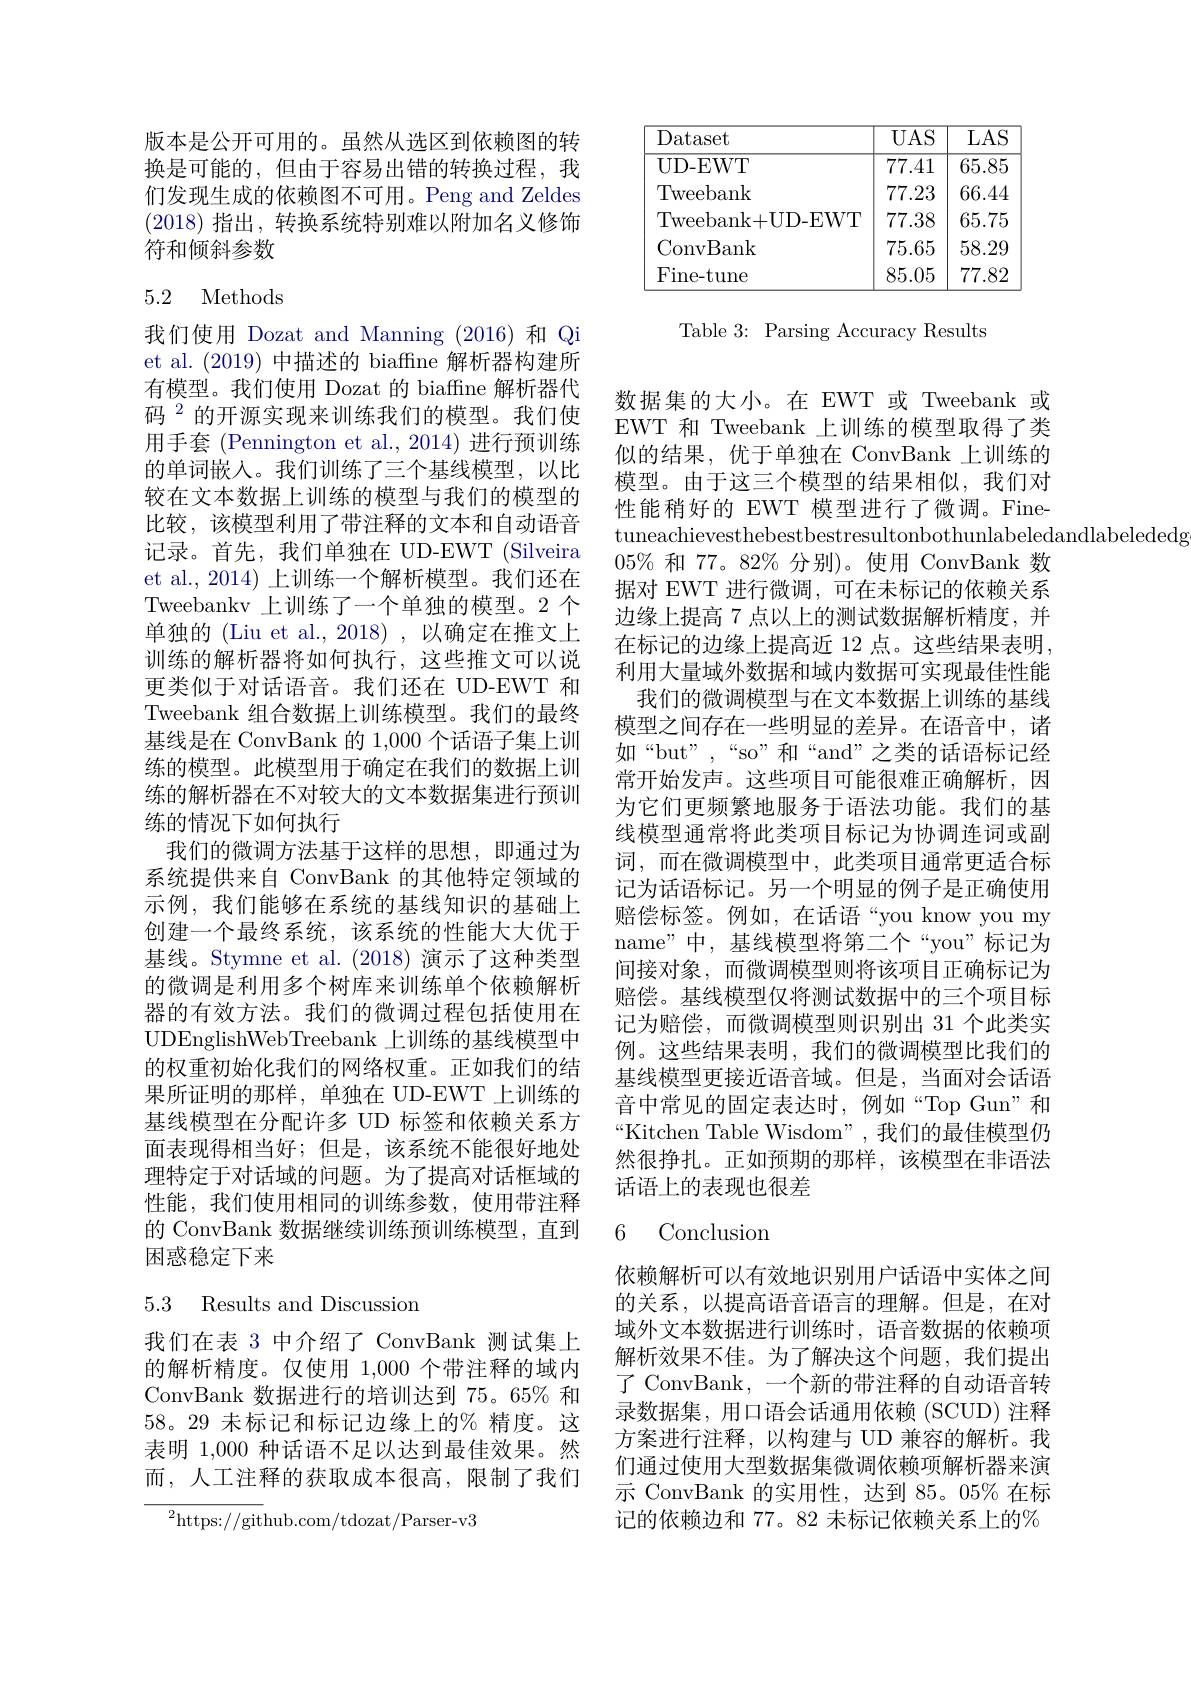
版本是公开可用的。虽然从选区到依赖图的转换是可能的，但由于容易出错的转换过程，我们发现生成的依赖图不可用。Peng and Zeldes (2018)指出，转换系统特别难以附加名义修饰符和倾斜参数

## 5.2 Methods

我们使用 Dozat and Manning (2016)和 Qi et al. (2019)中描述的 biaffne 解析器构建所有模型。我们使用 Dozat 的 biaffne 解析器代码$^{2}$的开源实现来训练我们的模型。我们使用手套 (Pennington et al.,2014)进行预训练的单词嵌入。我们训练了三个基线模型，以比较在文本数据上训练的模型与我们的模型的比较，该模型利用了带注释的文本和自动语音记录。首先，我们单独在 UD-EWT (Silveira et al., 2014) 上训练一个解析模型。我们还在Tweebankv 上训练了一个单独的模型。2 个单独的 (Liu et al., 2018) , 以确定在推文上训练的解析器将如何执行，这些推文可以说更类似于对话语音。我们还在 UD-EWT 和Tweebank 组合数据上训练模型。我们的最终基线是在 ConvBank 的 1,000 个话语子集上训练的模型。此模型用于确定在我们的数据上训练的解析器在不对较大的文本数据集进行预训练的情况下如何执行
我们的微调方法基于这样的思想，即通过为系统提供来自 ConvBank 的其他特定领域的示例，我们能够在系统的基线知识的基础上创建一个最终系统，该系统的性能大大优于基线。Stymne et al. (2018)演示了这种类型的微调是利用多个树库来训练单个依赖解析器的有效方法。我们的微调过程包括使用在UDEnglishWebTreebank 上训练的基线模型中的权重初始化我们的网络权重。正如我们的结果所证明的那样，单独在 UD-EWT 上训练的基线模型在分配许多 UD 标签和依赖关系方面表现得相当好；但是，该系统不能很好地处理特定于对话域的问题。为了提高对话框域的性能，我们使用相同的训练参数，使用带注释的 ConvBank 数据继续训练预训练模型，直到困惑稳定下来

## 5.3 Results and Discussion

我们在表 3 中介绍了 ConvBank 测试集上的解析精度。仅使用 1,000 个带注释的域内ConvBank 数据进行的培训达到 75。65% 和58。29 未标记和标记边缘上的% 精度。这表明 1,000 种话语不足以达到最佳效果。然而，人工注释的获取成本很高，限制了我们

$^2$https://github.com/tdozat/Parser-v3

<table>
	<tbody>
		<tr>
			<th>Dataset</th>
			<th>$UAS$</th>
			<th>LAS</th>
		</tr>
		<tr>
			<td>UD- EWT</td>
			<td>77.41</td>
			<td>65.85</td>
		</tr>
		<tr>
			<td>Tweebank</td>
			<td>77.23</td>
			<td>66.44</td>
		</tr>
		<tr>
			<td>Tweebank+ UD- EWT</td>
			<td>77.38</td>
			<td>65.75</td>
		</tr>
		<tr>
			<td>ConvBank</td>
			<td>75.65</td>
			<td>$58.2\mathbb{C}$</td>
		</tr>
		<tr>
			<td>Fine- tune</td>
			<td>85.05</td>
			<td>77.82</td>
		</tr>
	</tbody>
</table>

Table 3: Parsing Accuracy Results

数据集的大小。在 EWT 或 Tweebank 或EWT 和 Tweebank 上训练的模型取得了类似的结果，优于单独在 ConvBank 上训练的模型。由于这三个模型的结果相似，我们对性能稍好的 EWT 模型进行了微调。Finetuneachievesthebestbestresultonbothunlabeledandlabelededg
$05\%$和 77。82% 分别)。使用 ConvBank 数据对 EWT 进行微调，可在未标记的依赖关系边缘上提高 7 点以上的测试数据解析精度，并在标记的边缘上提高近 12 点。这些结果表明， 利用大量域外数据和域内数据可实现最佳性能
我们的微调模型与在文本数据上训练的基线模型之间存在一些明显的差异。在语音中，诸如“but”,“so”和“and”之类的话语标记经常开始发声。这些项目可能很难正确解析，因为它们更频繁地服务于语法功能。我们的基线模型通常将此类项目标记为协调连词或副词，而在微调模型中，此类项目通常更适合标记为话语标记。另一个明显的例子是正确使用赔偿标签。例如，在话语“you know you my name"中，基线模型将第二个“you”标记为间接对象，而微调模型则将该项目正确标记为赔偿。基线模型仅将测试数据中的三个项目标记为赔偿，而微调模型则识别出 31 个此类实例。这些结果表明，我们的微调模型比我们的基线模型更接近语音域。但是，当面对会话语音中常见的固定表达时，例如“Top Gun”和“Kitchen Table Wisdom”,我们的最佳模型仍然很挣扎。正如预期的那样，该模型在非语法话语上的表现也很差

## 6 Conclusion

依赖解析可以有效地识别用户话语中实体之间的关系，以提高语音语言的理解。但是，在对域外文本数据进行训练时，语音数据的依赖项解析效果不佳。为了解决这个问题，我们提出了 ConvBank, 一个新的带注释的自动语音转录数据集，用口语会话通用依赖(SCUD) 注释方案进行注释，以构建与 UD 兼容的解析。我们通过使用大型数据集微调依赖项解析器来演示 ConvBank 的实用性，达到 85。05% 在标记的依赖边和 77。82 未标记依赖关系上的%